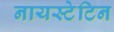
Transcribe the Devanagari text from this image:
नायस्टेटिन